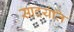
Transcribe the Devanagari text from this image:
सादयंति